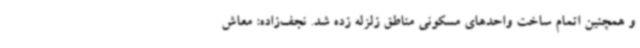
و همچنین اتمام ساخت واحدهای مسکونی مناطق زلزله زده شد. نجف‌زاده: معاش